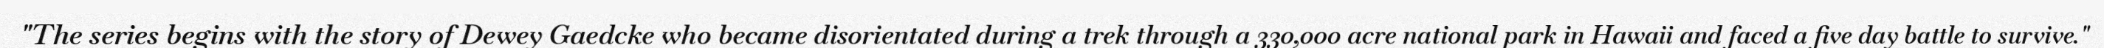
"The series begins with the story of Dewey Gaedcke who became disorientated during a trek through a 330,000 acre national park in Hawaii and faced a five day battle to survive."